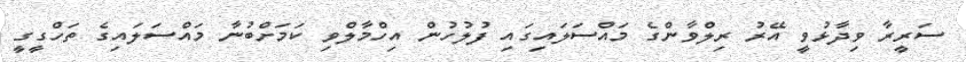
ސަރީރާ ވިދާޅުވީ އޭރު ރިލްވާންގެ މައްސަލައިގައި ފުލުހުން އިހްމާލްވި ކަމަށްބުނާ މައްސަލައިގެ ތަހްގީގީ